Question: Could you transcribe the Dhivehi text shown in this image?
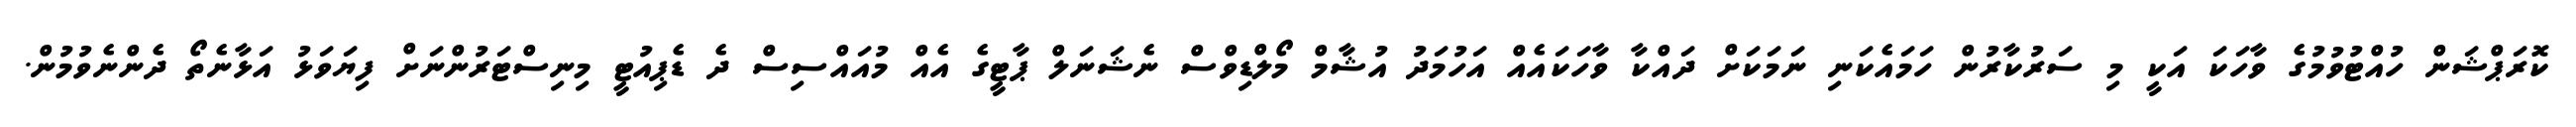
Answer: ކޮރަޕްޝަން ހުއްޓުވުމުގެ ވާހަކަ އަކީ މި ސަރުކާރުން ހަމައެކަނި ނަމަކަށް ދައްކާ ވާހަކައެއް އަހުމަދު އުޝާމް މޯލްޑިވްސް ނެޝަނަލް ޕާޓީގެ އެއް މުއައްސިސް ދެ ޑެޕިއުޓީ މިނިސްޓަރުންނަށް ފިޔަވަޅު އަޅާނެތޯ ދެންނެވުމުން.